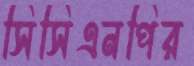
সিসিএনপির